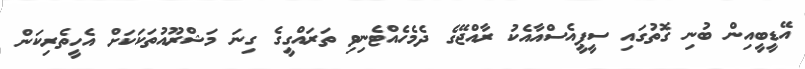
އޭޑީބީއިން ބުނި ގޮތުގައި ސީޕީއެސްއާއެކު ރާއްޖޭގެ ދެމެހެއްޓެނިވި ތަރައްގީގެ ގިނަ މަޝްރޫއުތަކަކަށް އެހީތެރިކަން